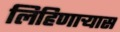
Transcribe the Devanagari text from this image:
लिहिणाऱ्यास